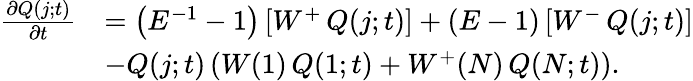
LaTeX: \begin{array}{rl}{\frac{\partial Q(j;t)}{\partial t}}&{=\left(E^{-1}-1\right)\left[W^{+}\thinspace Q(j;t)\right]+\left(E-1\right)\left[W^{-}\thinspace Q(j;t)\right]}\\ &{-Q(j;t)\left(W(1)\thinspace Q(1;t)+W^{+}(N)\thinspace Q(N;t)\right).}\end{array}